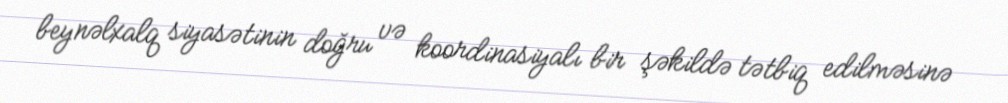
beynəlxalq siyasətinin doğru və koordinasiyalı bir şəkildə tətbiq edilməsinə